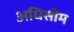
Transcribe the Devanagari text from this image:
अधिसीम